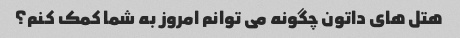
هتل های داتون چگونه می توانم امروز به شما کمک کنم؟